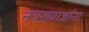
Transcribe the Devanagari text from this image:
नवख्याज्ञांना